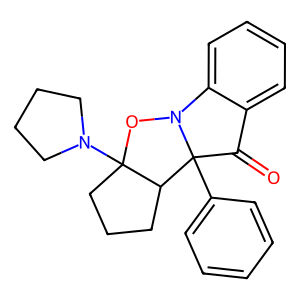
SMILES: O=C1c2ccccc2N2OC3(N4CCCC4)CCCC3C12c1ccccc1
Inhibits HIV replication: No